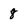
Character: 8